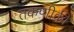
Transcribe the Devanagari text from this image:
तकणीकी